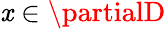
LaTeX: \mathit{x}\in\partialD